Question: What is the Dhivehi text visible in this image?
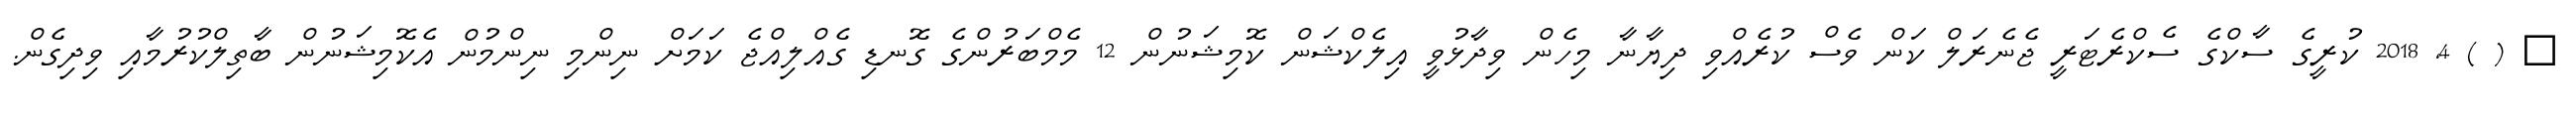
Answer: ? ( ) 4, 2018 ކުރީގެ ސާކްގެ ސެކްރެޓަރީ ޖެނެރަލް ކަން ވެސް ކުރެއްވި ދިޔާނާ މިހެން ވިދާޅުވީ އިލެކްޝަން ކޮމިޝަނުން 12 މެމްބަރުންގެ ގޮނޑި ގެއްލިއްޖެ ކަމަށް ނިންމި ނިންމުން އެކޮމިޝަނުން ބާތިލްކުރުމާއި ވިދިގެން.